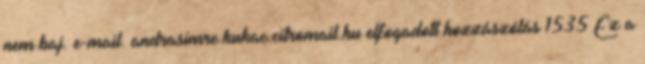
nem baj. e-mail: andrasimre.kukac.citromail.hu elfogadott hozzászólás 1535 Ez a